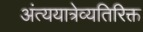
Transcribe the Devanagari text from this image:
अंत्ययात्रेव्यतिरिक्त